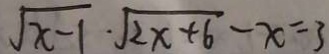
\sqrt { x - 1 } \cdot \sqrt { 2 x + 6 } - x = 3